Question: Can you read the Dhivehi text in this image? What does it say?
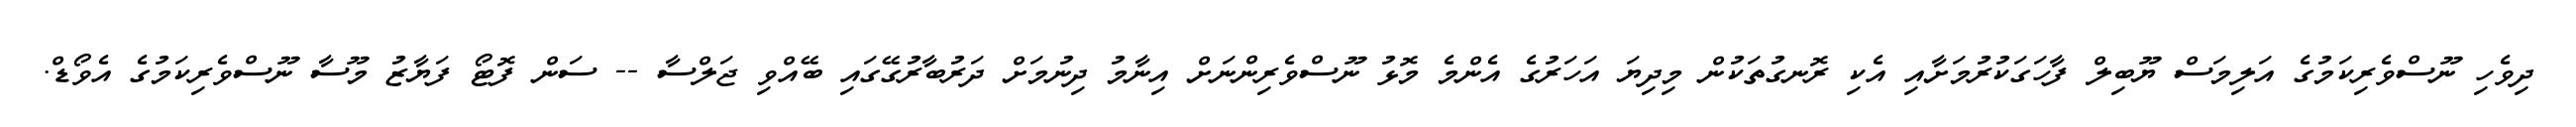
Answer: ދިވެހި ނޫސްވެރިކަމުގެ އަލިމަސް ޔޫބިލް ފާހަގަކުރުމަށާއި އެކި ރޮނގުތަކުން މިދިޔަ އަހަރުގެ އެންމެ މޮޅު ނޫސްވެރިންނަށް އިނާމު ދިނުމަށް ދަރުބާރުގޭގައި ބޭއްވި ޖަލްސާ -- ސަން ފޮޓޯ ފަޔާޒު މޫސާ ނޫސްވެރިކަމުގެ އެވޯޑް.